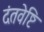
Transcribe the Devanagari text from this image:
दंतवेष्टि